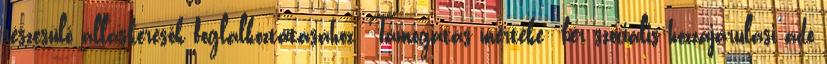
részesülő álláskeresők foglalkoztatásához. Támogatás mértéke: bér szociális hozzájárulási adó